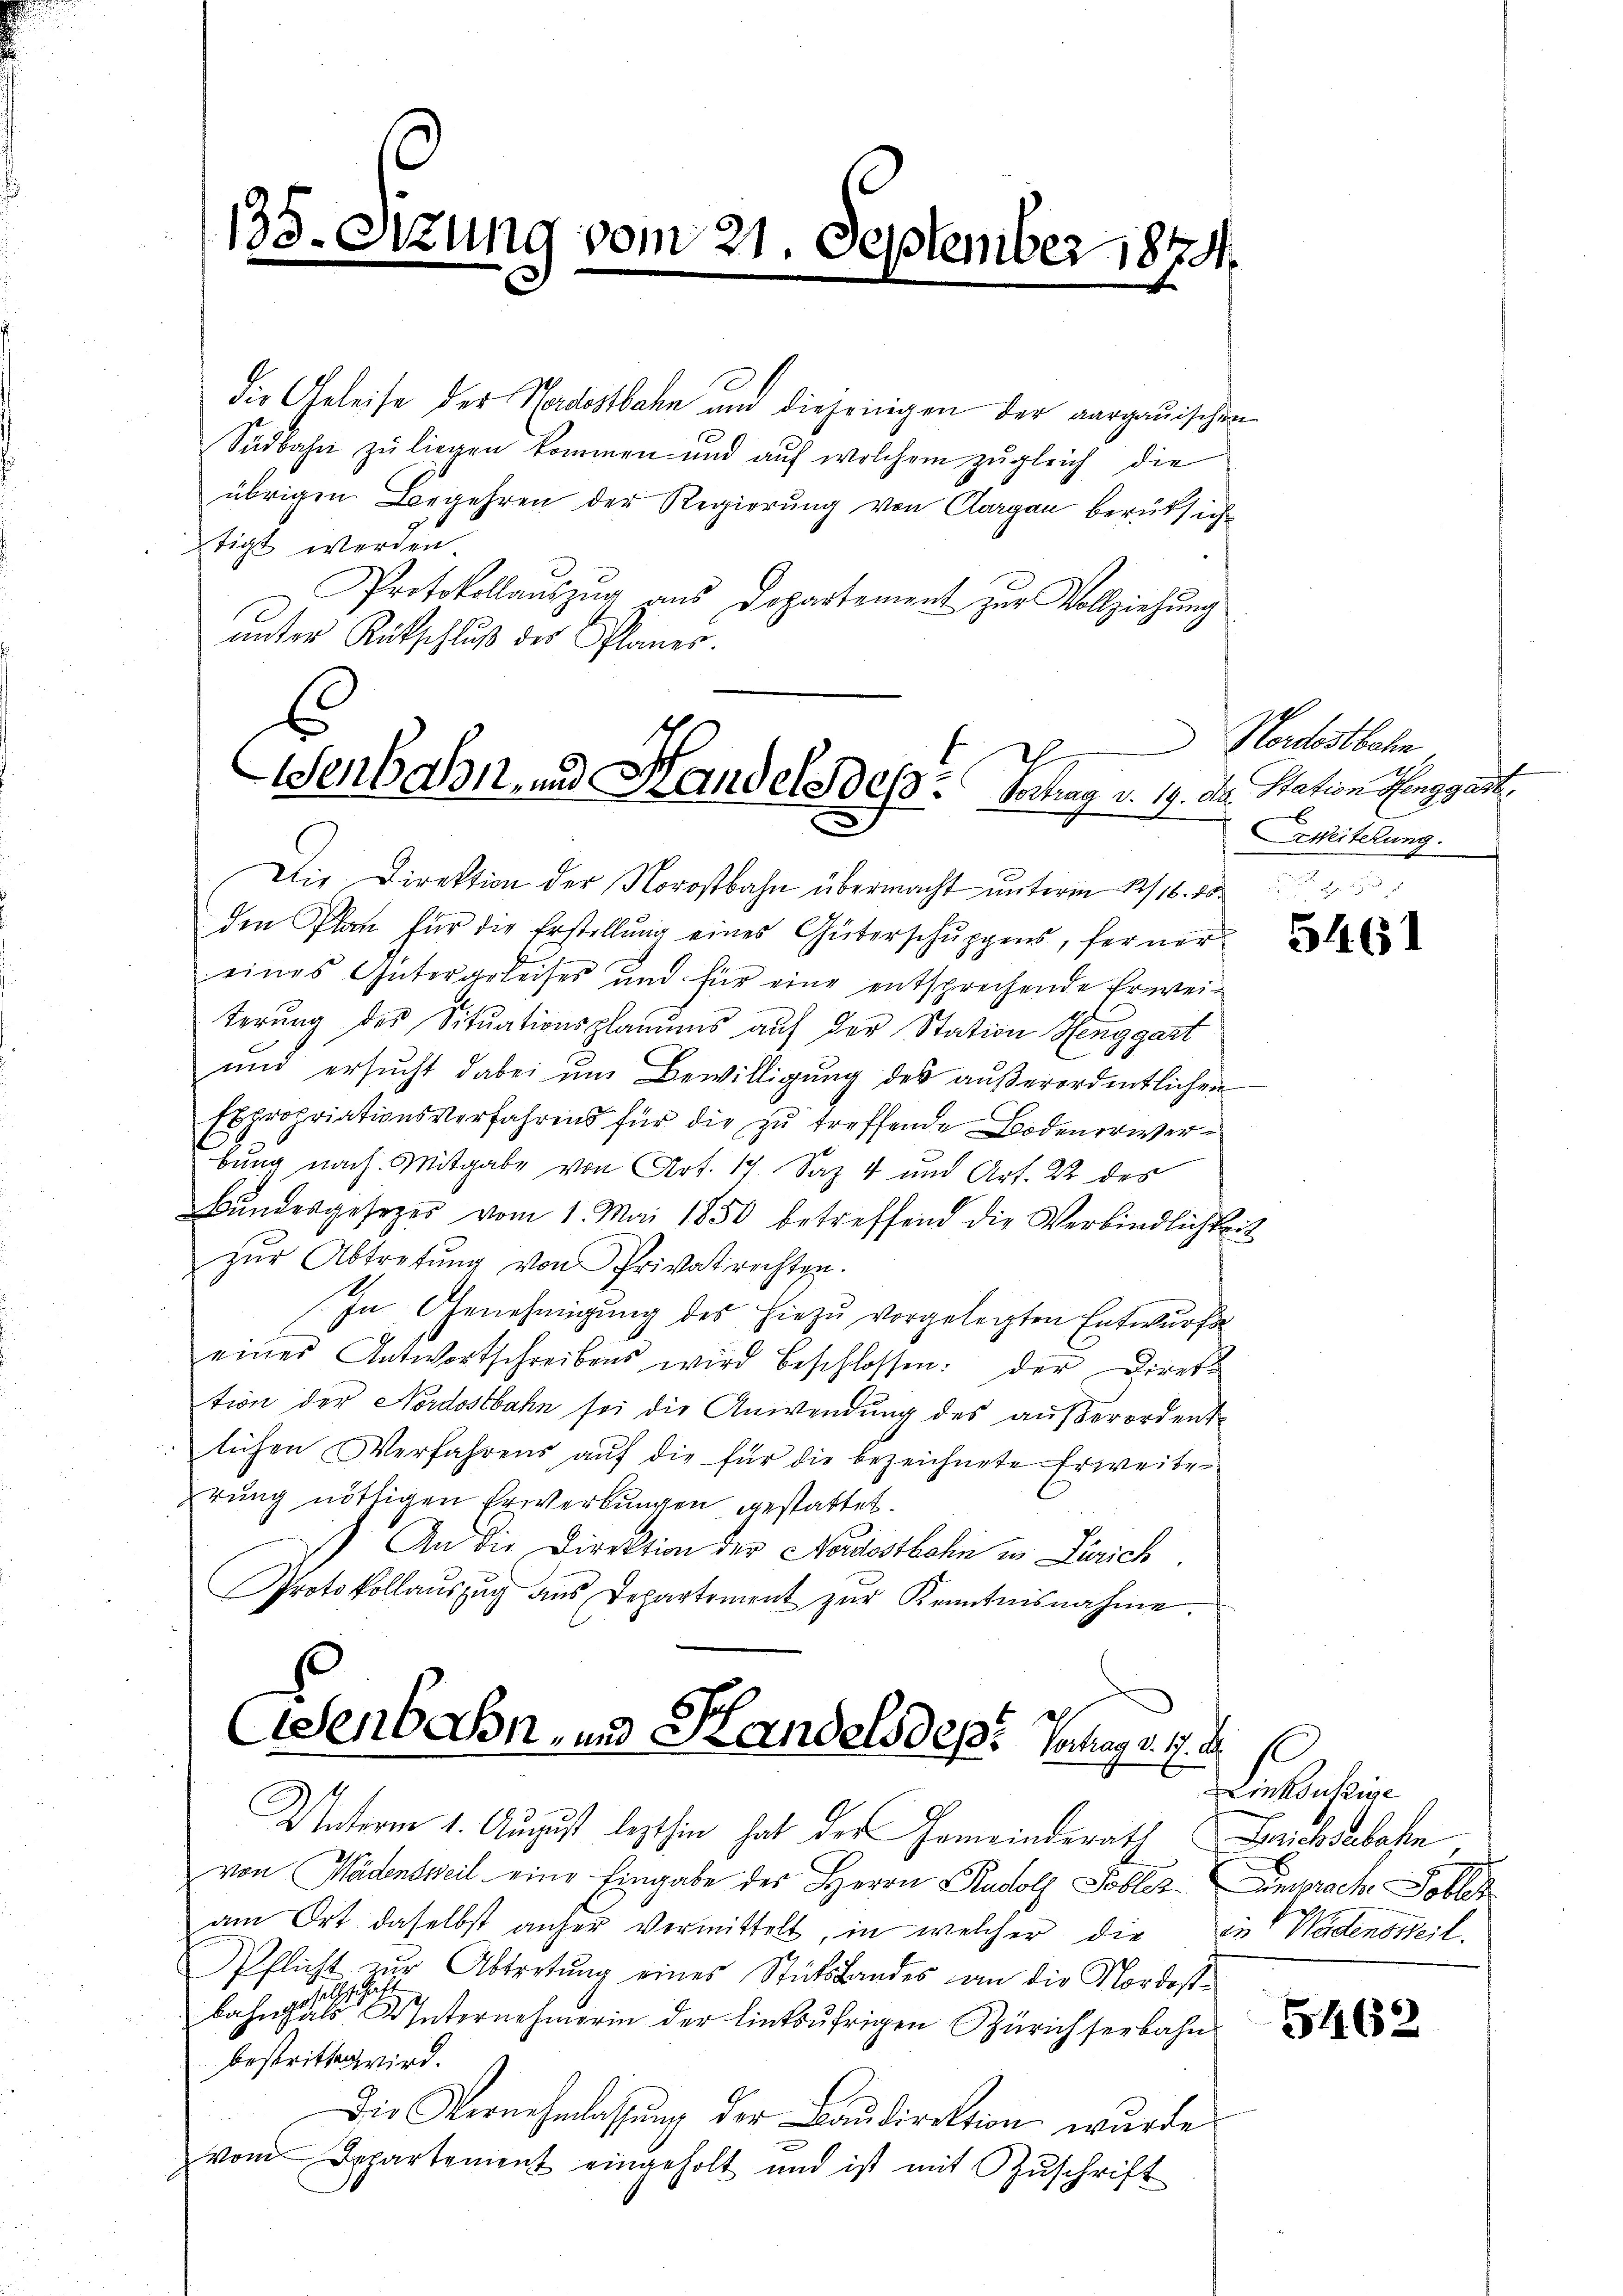
135. Sitzung vom 21. September 1874.

die Geleise der Nordostbahn und diejenigen der aargauischen
Südbahn zu liegen kommen und auf welchem zugleich die
übrigen Begehren der Regierung von Clargau berüksich
tigt werden.
Protokollauszug aus Departement zur Vollziehung
ŭnter Rutschlŭβ des Planes.

2
enbahn und Handels des Schlag v. 17. Der Nation Henggart,

Die Direktion der Norostbahn übermacht unterm 12/18. 10.
den Plan für die Erstellung eines Güterschuppens, ferner
eines Güterarleises und für eine entsprechende Erweiterung des Situationsplanums auf der Station Henggart
und ersucht dabei und Bewilligung des außerordentlichen
Expropriationsverfahrens für die zu treffende Bodenerwerbung nach Mitgabe von Art. 17 Saz 4 und Art. 22 des
Bŭndesgesezer vom 1. Mai 1850 betreffend die Verbindlichkeit
zŭr Abtretŭng von Privatrechten.
In Genehmigung des hiezu vorgelegten Entwurf
eines Antwortschreibens wird beschlossen: der Direkt
tion der Nordostbahn sei die Anwendung des außerordent
lichen Verfahrens auf die für die bezeichnete Erweiteerung nöthigen Erwerbungen gestattet.
An die Direktion der Nordostbahn in Zürich.
Protokollaŭszŭg ans Departement zŭr Kenntnisnahme.

Osenbahn- und Handelsdepi Vorlag u. s. S.

Unterm 1. August lezthin hat der Gemeinderath Berichstbahn
von Mädensweil eine Eingabe des Herrn Rudolf Tobles Einsprach
am Ort daselbst anher vermittelt, in welcher die zu Wädensweil.
Pflicht zur Abtretung eines Stuts Landes an die Nordostit
sel
bahnstals Unternehmerin der linksufrigen Zürich serbahn
bestritten wird.
Die Vernehmlassŭng der Baŭdirektion wurde
.
von Appartement eingeholt und ist mit Zuschrift

Hordostbahn
Zweiterung

5461

Linksufrige

5462